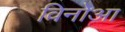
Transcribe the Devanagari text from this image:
विनोआ